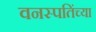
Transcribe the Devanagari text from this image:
वनस्पतिंच्या